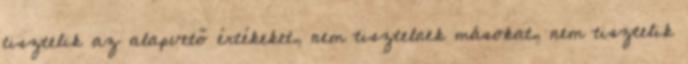
tisztelik az alapvető értékeket, nem tisztelnek másokat, nem tisztelik